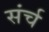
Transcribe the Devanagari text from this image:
संर्च